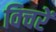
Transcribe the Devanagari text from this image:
विचरें